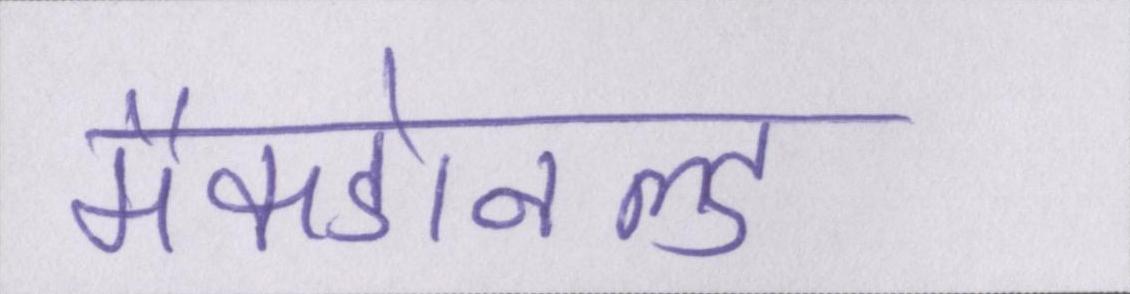
मैकडोनल्ड